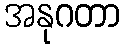
အနုဂတာ